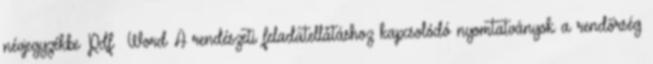
névjegyzékbe Pdf Word A rendészeti feladatellátáshoz kapcsolódó nyomtatványok a rendőrség